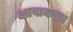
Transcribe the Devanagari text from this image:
आवाकाच